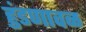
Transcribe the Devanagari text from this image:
हुंडणावळ